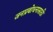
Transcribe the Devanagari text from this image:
जनप्रबोधनासाठी